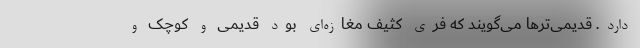
دارد. قدیمی‌ترها می‌گویند که فری کثیف مغازه‌ای بود قدیمی و کوچک و